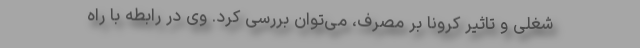
شغلی و تاثیر کرونا بر مصرف، می‌توان بررسی کرد. وی در رابطه با راه